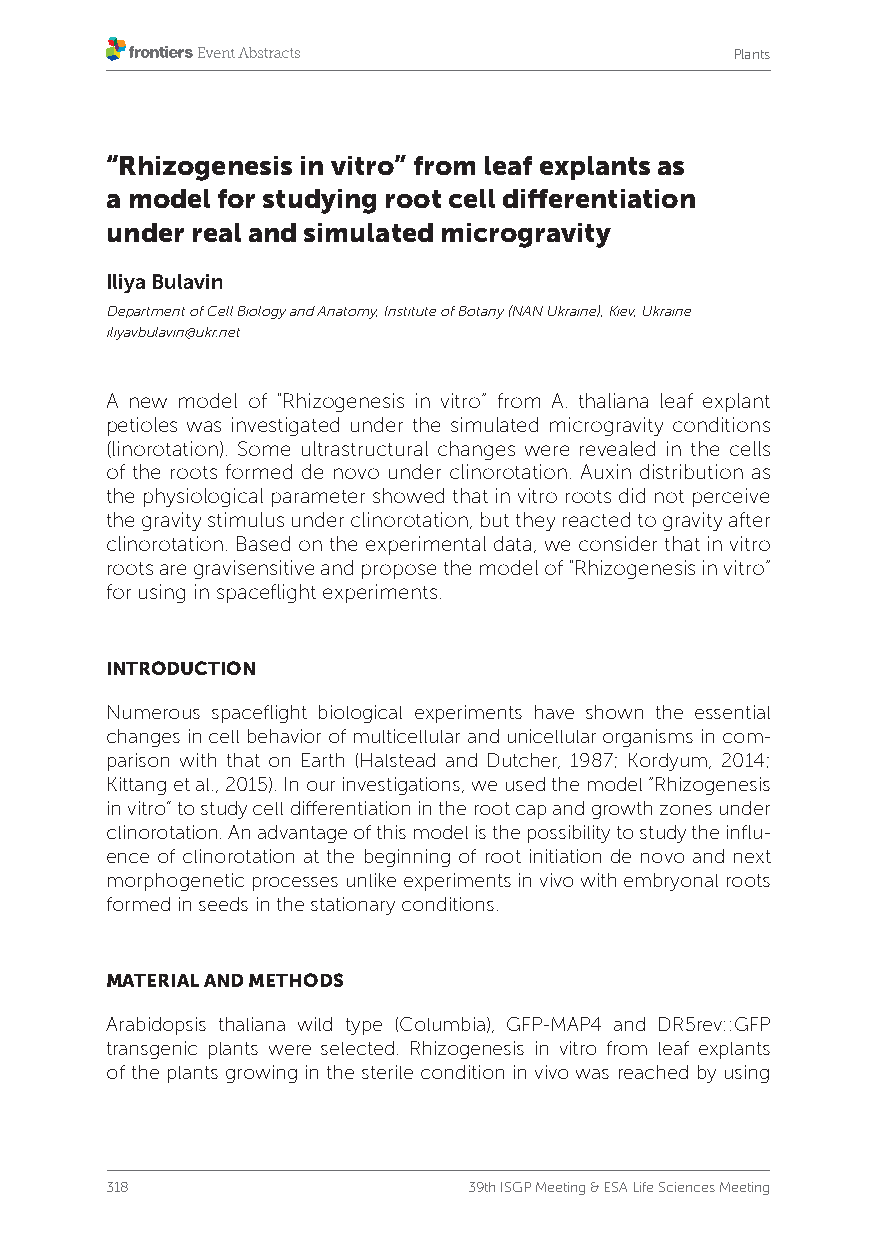
Plants
 “Rhizogenesis in vitro” from leaf explants as
 a model for studying root cell differentiation
 under real and simulated microgravity
 Iliya Bulavin
 Department of Cell Biology and Anatomy, Institute of Botany (NAN Ukraine), Kiev, Ukraine
 iliyavbulavin@ukr.net
 A new model of “Rhizogenesis in vitro” from A. thaliana leaf explant
 petioles was investigated under the simulated microgravity conditions
 (linorotation). Some ultrastructural changes were revealed in the cells
 of the roots formed de novo under clinorotation. Auxin distribution as
 the physiological parameter showed that in vitro roots did not perceive
 the gravity stimulus under clinorotation, but they reacted to gravity after
 clinorotation. Based on the experimental data, we consider that in vitro
 roots are gravisensitive and propose the model of “Rhizogenesis in vitro”
 for using in spaceflight experiments.
 INTRODUCTION
 Numerous spaceflight biological experiments have shown the essential
 changes in cell behavior of multicellular and unicellular organisms in com-
 parison with that on Earth (Halstead and Dutcher, 1987; Kordyum, 2014;
 Kittang et al., 2015). In our investigations, we used the model “Rhizogenesis
 in vitro” to study cell differentiation in the root cap and growth zones under
 clinorotation. An advantage of this model is the possibility to study the influ-
 ence of clinorotation at the beginning of root initiation de novo and next
 morphogenetic processes unlike experiments in vivo with embryonal roots
 formed in seeds in the stationary conditions.
 MATERIAL AND METHODS
 Arabidopsis thaliana wild type (Columbia), GFP-MAP4 and DR5rev::GFP
 transgenic plants were selected. Rhizogenesis in vitro from leaf explants
 of the plants growing in the sterile condition in vivo was reached by using
 318                     39th ISGP Meeting & ESA Life Sciences Meeting